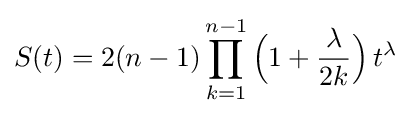
S(t)=2(n-1)\prod _{k=1}^{n-1}{\Bigl (}1+{\frac {\lambda }{2k}}{\Bigr )}\,t^{\lambda }